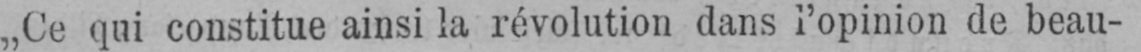
„Ce qui constitue ainsi la révolution dans l’opinion de beau-